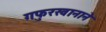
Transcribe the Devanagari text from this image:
गफुरखानाने